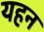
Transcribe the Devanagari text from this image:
यहन